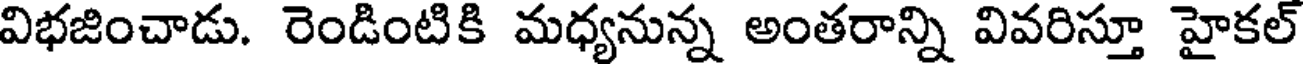
విభజించాడు. రెండింటికి మధ్యనున్న అంతరాన్ని వివరిస్తూ హైకల్